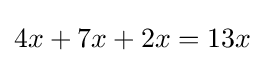
4x+7x+2x=13x